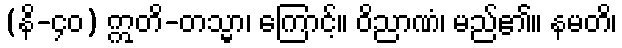
(နိ-၄၀) ဣတိ-တသ္မာ၊ ကြောင့်။ ဝိညာဏံ၊ မည်၏။ နမတိ၊